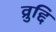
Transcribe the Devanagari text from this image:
व्रुद्दि